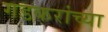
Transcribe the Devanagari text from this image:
गडकरांच्या